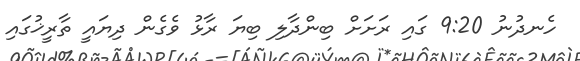
ހެނދުނު 9:20 ގައި ރަށަށް ބިންދާލި ބިޔަ ރާޅު ވެގެން ދިޔައީ ތާރީޚުގައި